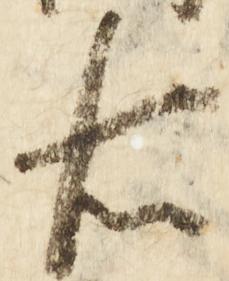
右